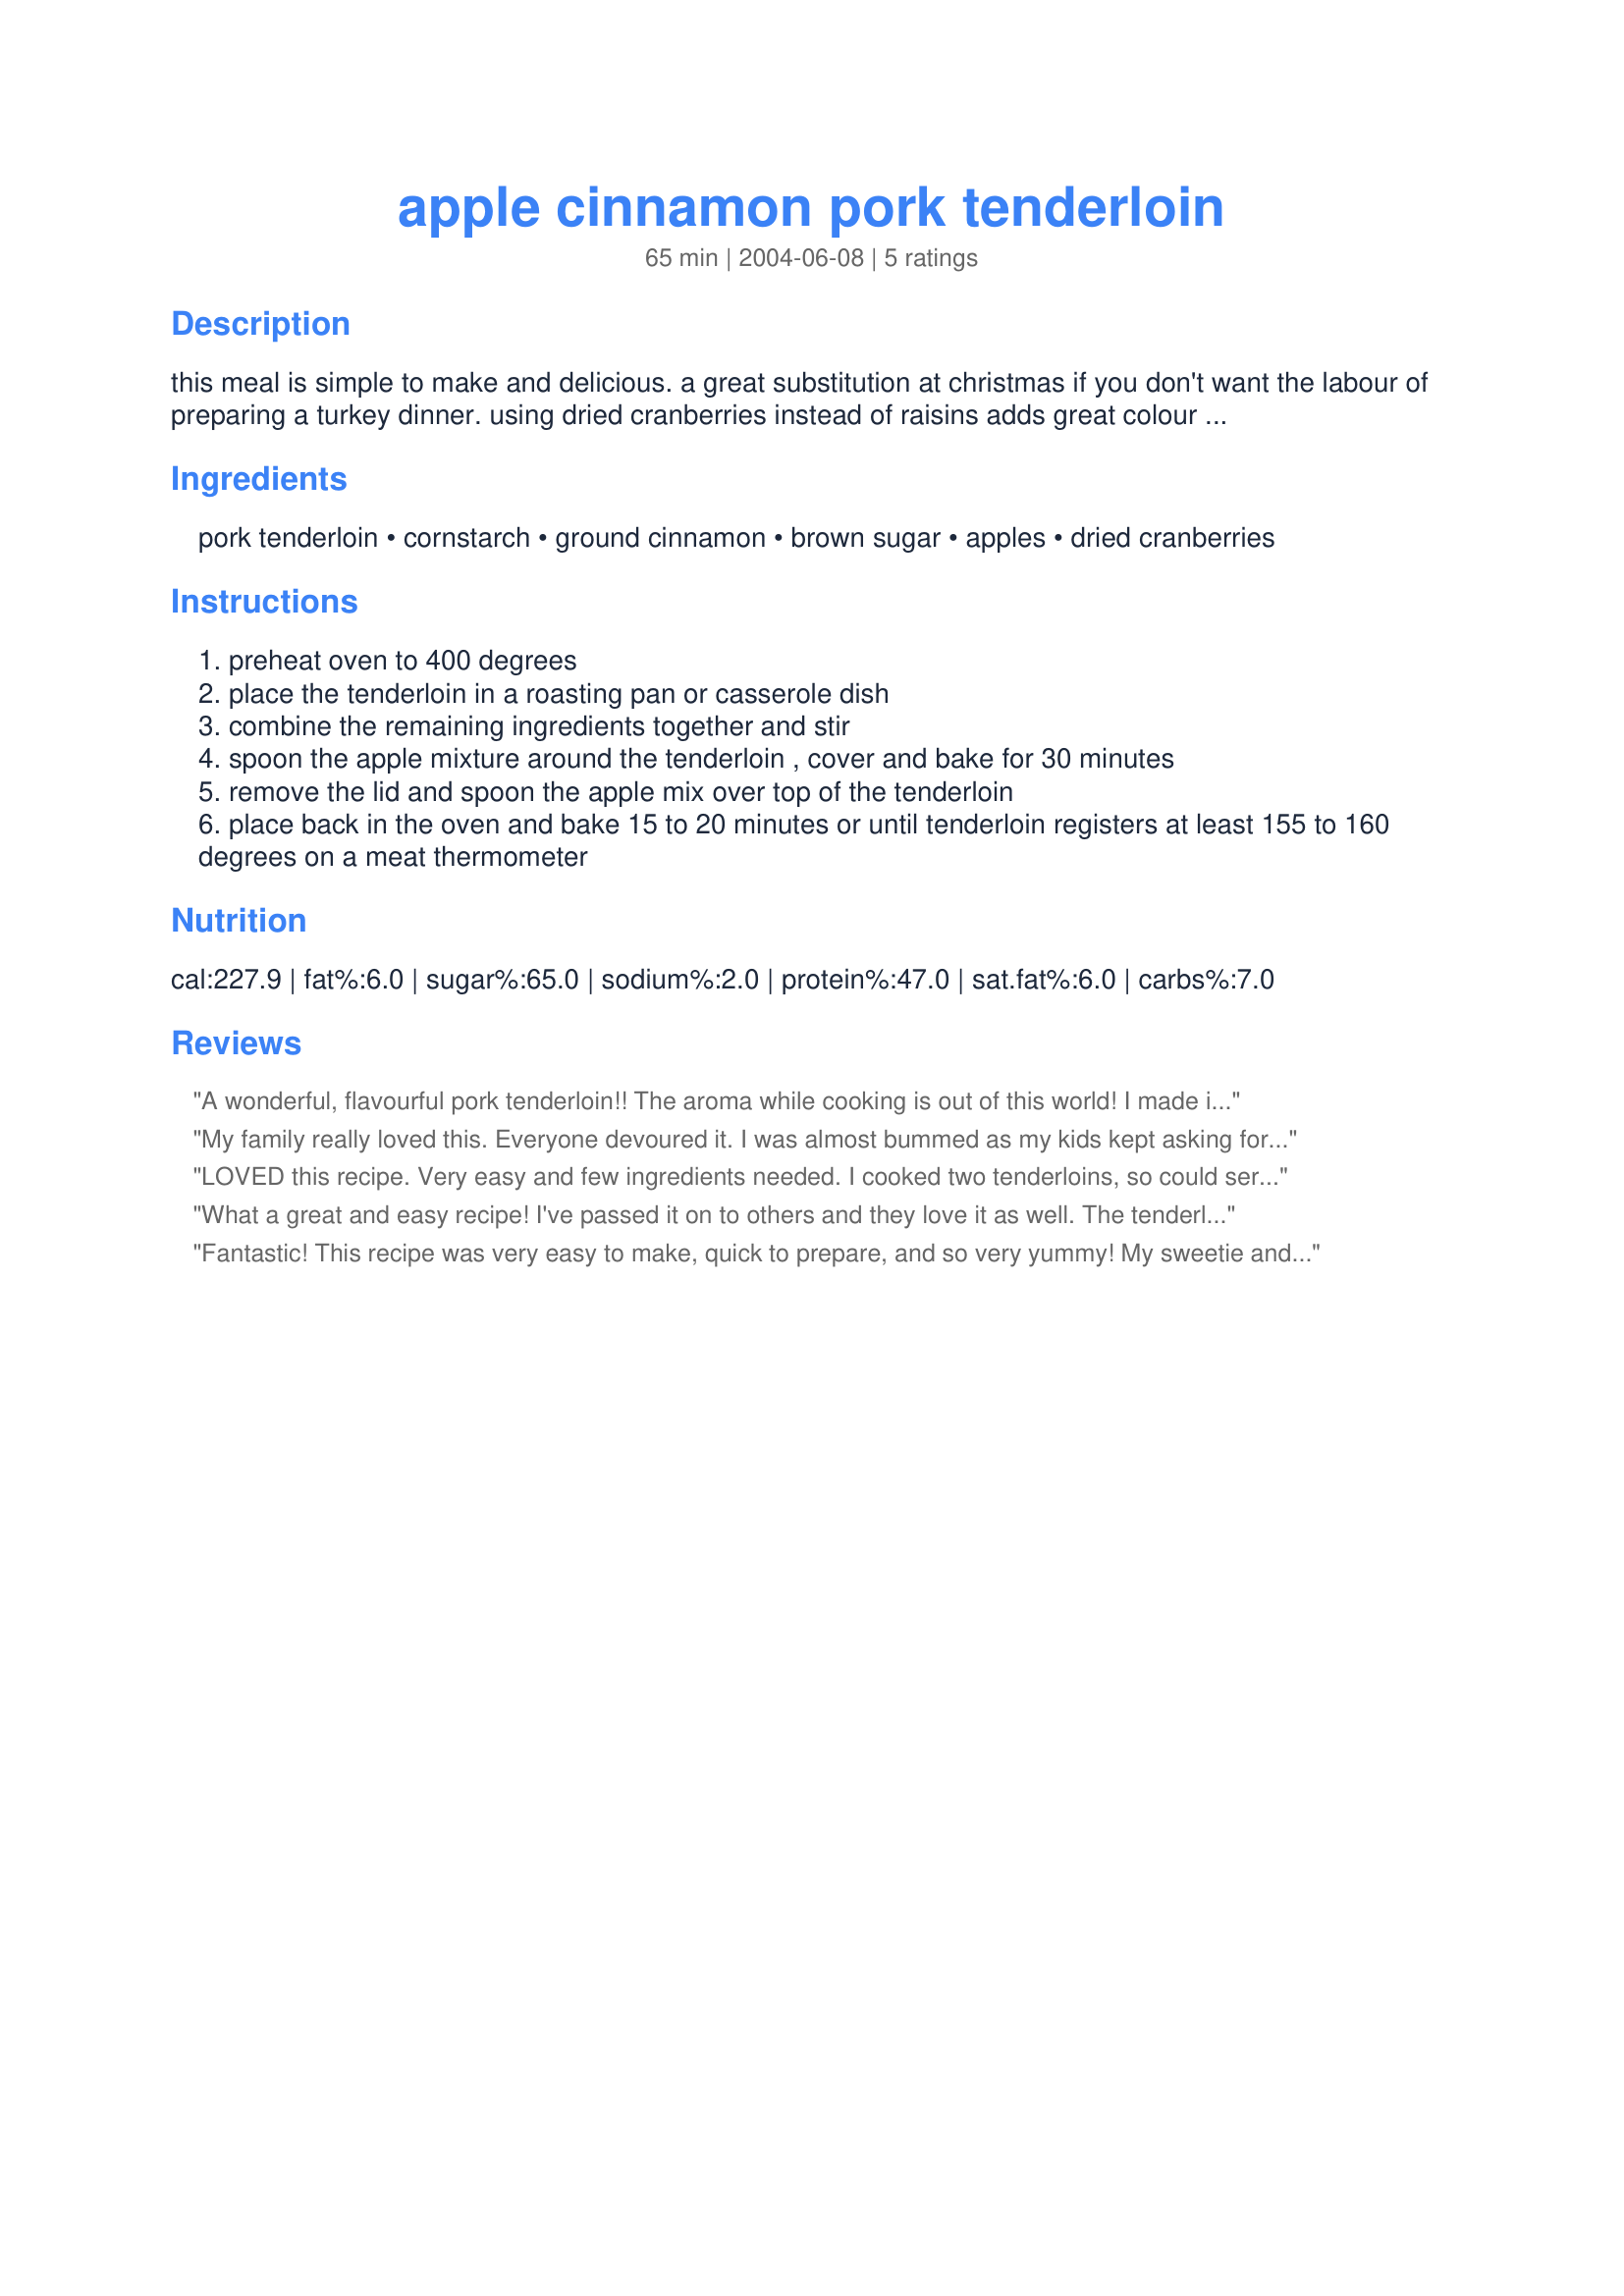
apple cinnamon pork tenderloin
Preparation time: 65 minutes

this meal is simple to make and delicious. a great substitution at christmas if you don't want the labour of preparing a turkey dinner. using dried cranberries instead of raisins adds great colour to the dish. i use the ingredient amounts and cooking times as estimates and vary them to suit the size of the pork tenderloin. i sometimes also add some fruity wine vinegar to the apple mixture for some added flavour.

Ingredients:
pork tenderloin, cornstarch, ground cinnamon, brown sugar, apples, dried cranberries

Steps:
preheat oven to 400 degrees
place the tenderloin in a roasting pan or casserole dish
combine the remaining ingredients together and stir
spoon the apple mixture around the tenderloin , cover and bake for 30 minutes
remove the lid and spoon the apple mix over top of the tenderloin
place back in the oven and bake 15 to 20 minutes or until tenderloin registers at least 155 to 160 degrees on a meat thermometer

Reviews:
A wonderful, flavourful pork tenderloin!! The aroma while cooking is out of this world!
I made it just as written and the results were outstanding! Tender, juicy and delicious! DH thought it was the best ever. I used the dried cranberries which added a lovely bit of sweetness. Definately will be making this again, thanks for posting.
My family really loved this. Everyone devoured it. I was almost bummed as my kids kept asking for more and I saw tomorrow night's leftovers disappearing. I used a Jennie-O turkey tenderloin and it turned out wonderfully. Served with steamed broccoli and a salad. Thanks!
LOVED this recipe. Very easy and few ingredients needed. I cooked two tenderloins, so could serve at least six. I added a little apple juice to the pan for some extra moisture and put in another sliced apple when I checked it after 30 minutes. Used craisins and they were perfect. Will definitely make this again!
What a great and easy recipe! I've passed it on to others and they love it as well. The tenderloin stays moist and the flavour goes right through.
Fantastic! This recipe was very easy to make, quick to prepare, and so very yummy! My sweetie and I loved the flavor, and the pork was so tender. I did, however, add a 1/4 cup of water, as the recipe didn't call for it, but I felt it was necessary. We used the left over cooked cinnamon apples as toppings for our vanilla ice cream, contributing to a delicious dessert too! Thanks so much for sharing!
